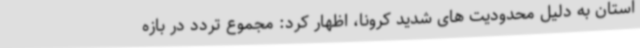
استان به دلیل محدودیت های شدید کرونا، اظهار کرد: مجموع تردد در بازه